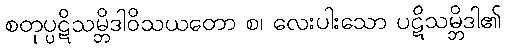
စတုပ္ပဋိသမ္ဘိဒါဝိသယတော စ၊ လေးပါးသော ပဋိသမ္ဘိဒါ၏